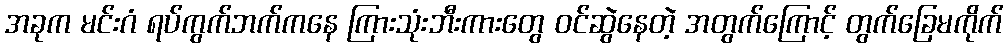
အခုက မင်းဂံ ရပ်ကွက်ဘက်ကနေ ကြားသုံးဘီးကားတွေ ဝင်ဆွဲနေတဲ့ အတွက်ကြောင့် တွက်ခြေမကိုက်